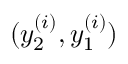
( y _ { 2 } ^ { ( i ) } , y _ { 1 } ^ { ( i ) } )